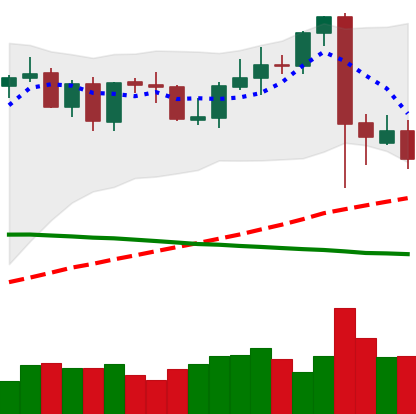
Ticker: BTC-USD
Chart end date: 2021-09-10
Forward return: 7.335%
Label: up_7plus